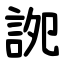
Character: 䛄